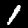
Digit: 1